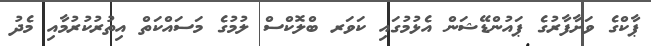
ޕާކްގެ ވަށާފާރުގެ ޕައުންޑޭޝަން އެޅުމުގައި ކަވަރ ބްލޮކްސް ލުމުގެ މަސައްކަތް އިތުރުކުރުމާއި މެދު